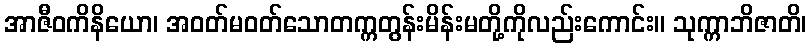
အာဇီဝကိနိယော၊ အဝတ်မဝတ်သောတက္ကတွန်းမိန်းမတို့ကိုလည်းကောင်း။ သုက္ကာဘိဇာတိ၊